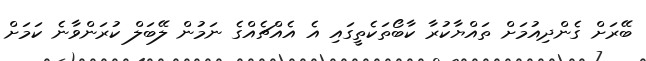
ބޭރަށް ގެންދިއުމަށް ތައްޔާކުރާ ކާބޯތަކެތީގައި އެ އެއްޗެއްގެ ނަމުން ލޭބަލް ކުރަންވާނެ ކަމަށް